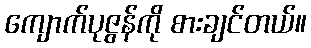
ကျောက်ပုဇွန်ကို စားချင်တယ်။